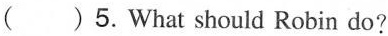
( )5.What should Robin do?